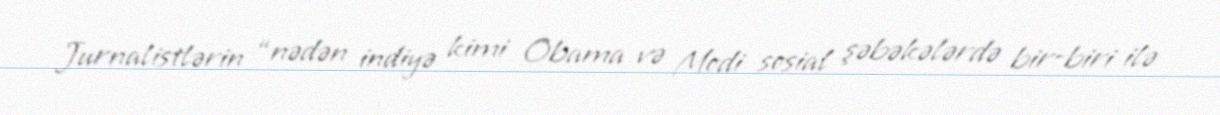
Jurnalistlərin “nədən indiyə kimi Obama və Modi sosial şəbəkələrdə bir-biri ilə